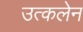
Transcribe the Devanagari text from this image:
उत्कलेन